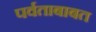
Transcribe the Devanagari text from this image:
पर्वताबाबत